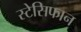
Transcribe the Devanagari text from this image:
स्टेसिफान